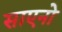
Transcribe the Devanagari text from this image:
साएनो